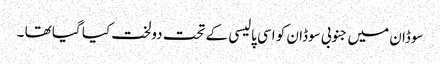
سوڈان میں جنوبی سوڈان کو اسی پالیسی کے تحت دولخت کیا گیا تھا ۔